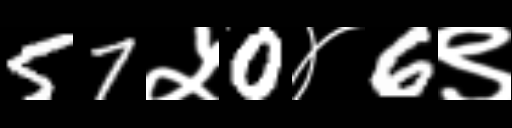
Text: 57५0४6९